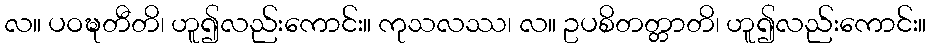
လ။ ပဝဍ္ဎတီတိ၊ ဟူ၍လည်းကောင်း။ ကုသလဿ၊ လ။ ဥပစိတတ္တာတိ၊ ဟူ၍လည်းကောင်း။